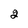
Character: 2